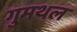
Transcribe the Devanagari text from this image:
गुमथल